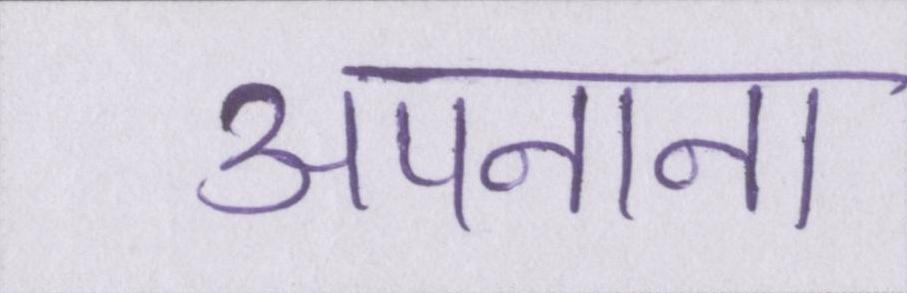
अपनाना